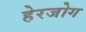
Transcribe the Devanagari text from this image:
हेरजोग